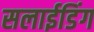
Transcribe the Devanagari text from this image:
सलाईडिंग